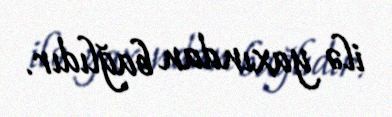
ilə yaxından bağlıdır.